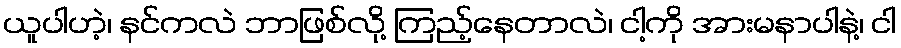
ယူပါဟဲ့၊ နင်ကလဲ ဘာဖြစ်လို့ ကြည့်နေတာလဲ၊ ငါ့ကို အားမနာပါနဲ့၊ ငါ